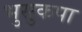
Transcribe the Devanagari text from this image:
भुसुकपा